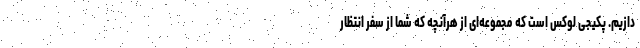
دازیم. پکیجی لوکس است که مجموعه‌ای از هرآنچه که شما از سفر انتظار